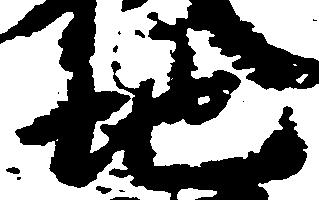
地